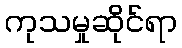
ကုသမှုဆိုင်ရာ